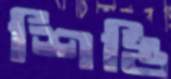
শিঙি